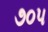
૭૦૫